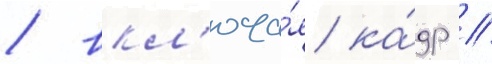
/ вкл'юча́я ка́др /